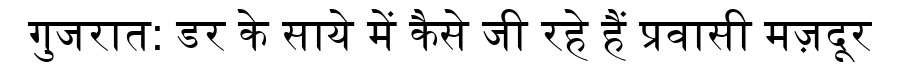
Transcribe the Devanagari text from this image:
गुजरात: डर के साये में कैसे जी रहे हैं प्रवासी मज़दूर